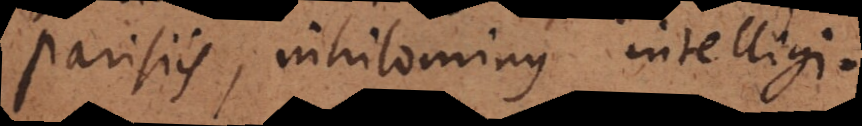
Parisiis, nihilominus intelligi.